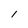
Character: l